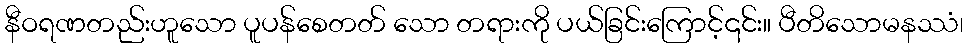
နီဝရဏတည်းဟူသော ပူပန်စေတတ် သော တရားကို ပယ်ခြင်းကြောင့်၎င်း။ ပီတိသောမနဿံ၊